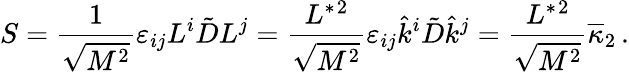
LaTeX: S={\frac{1}{\sqrt{M^{2}}}}\varepsilon_{ij}L^{i}\tilde{D}L^{j}={\frac{L^{*}{}^{2}}{\sqrt{M^{2}}}}\varepsilon_{ij}\hat{k}^{i}\tilde{D}\hat{k}^{j}={\frac{L^{*}{}^{2}}{\sqrt{M^{2}}}}\overline{{\kappa}}_{2}\, .